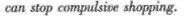
can stop compulsie shopping.